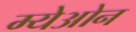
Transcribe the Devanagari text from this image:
म्येओन